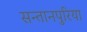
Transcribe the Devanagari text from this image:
सन्तानपुरिया